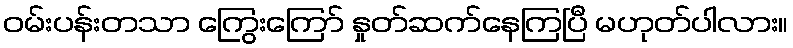
ဝမ်းပန်းတသာ ကြွေးကြော် နှုတ်ဆက်နေကြပြီ မဟုတ်ပါလား။